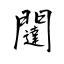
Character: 闥